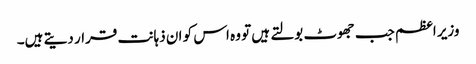
وزیر اعظم جب جھوٹ بولتے ہیں تو وہ اس کو ان ذہانت قرار دیتے ہیں۔